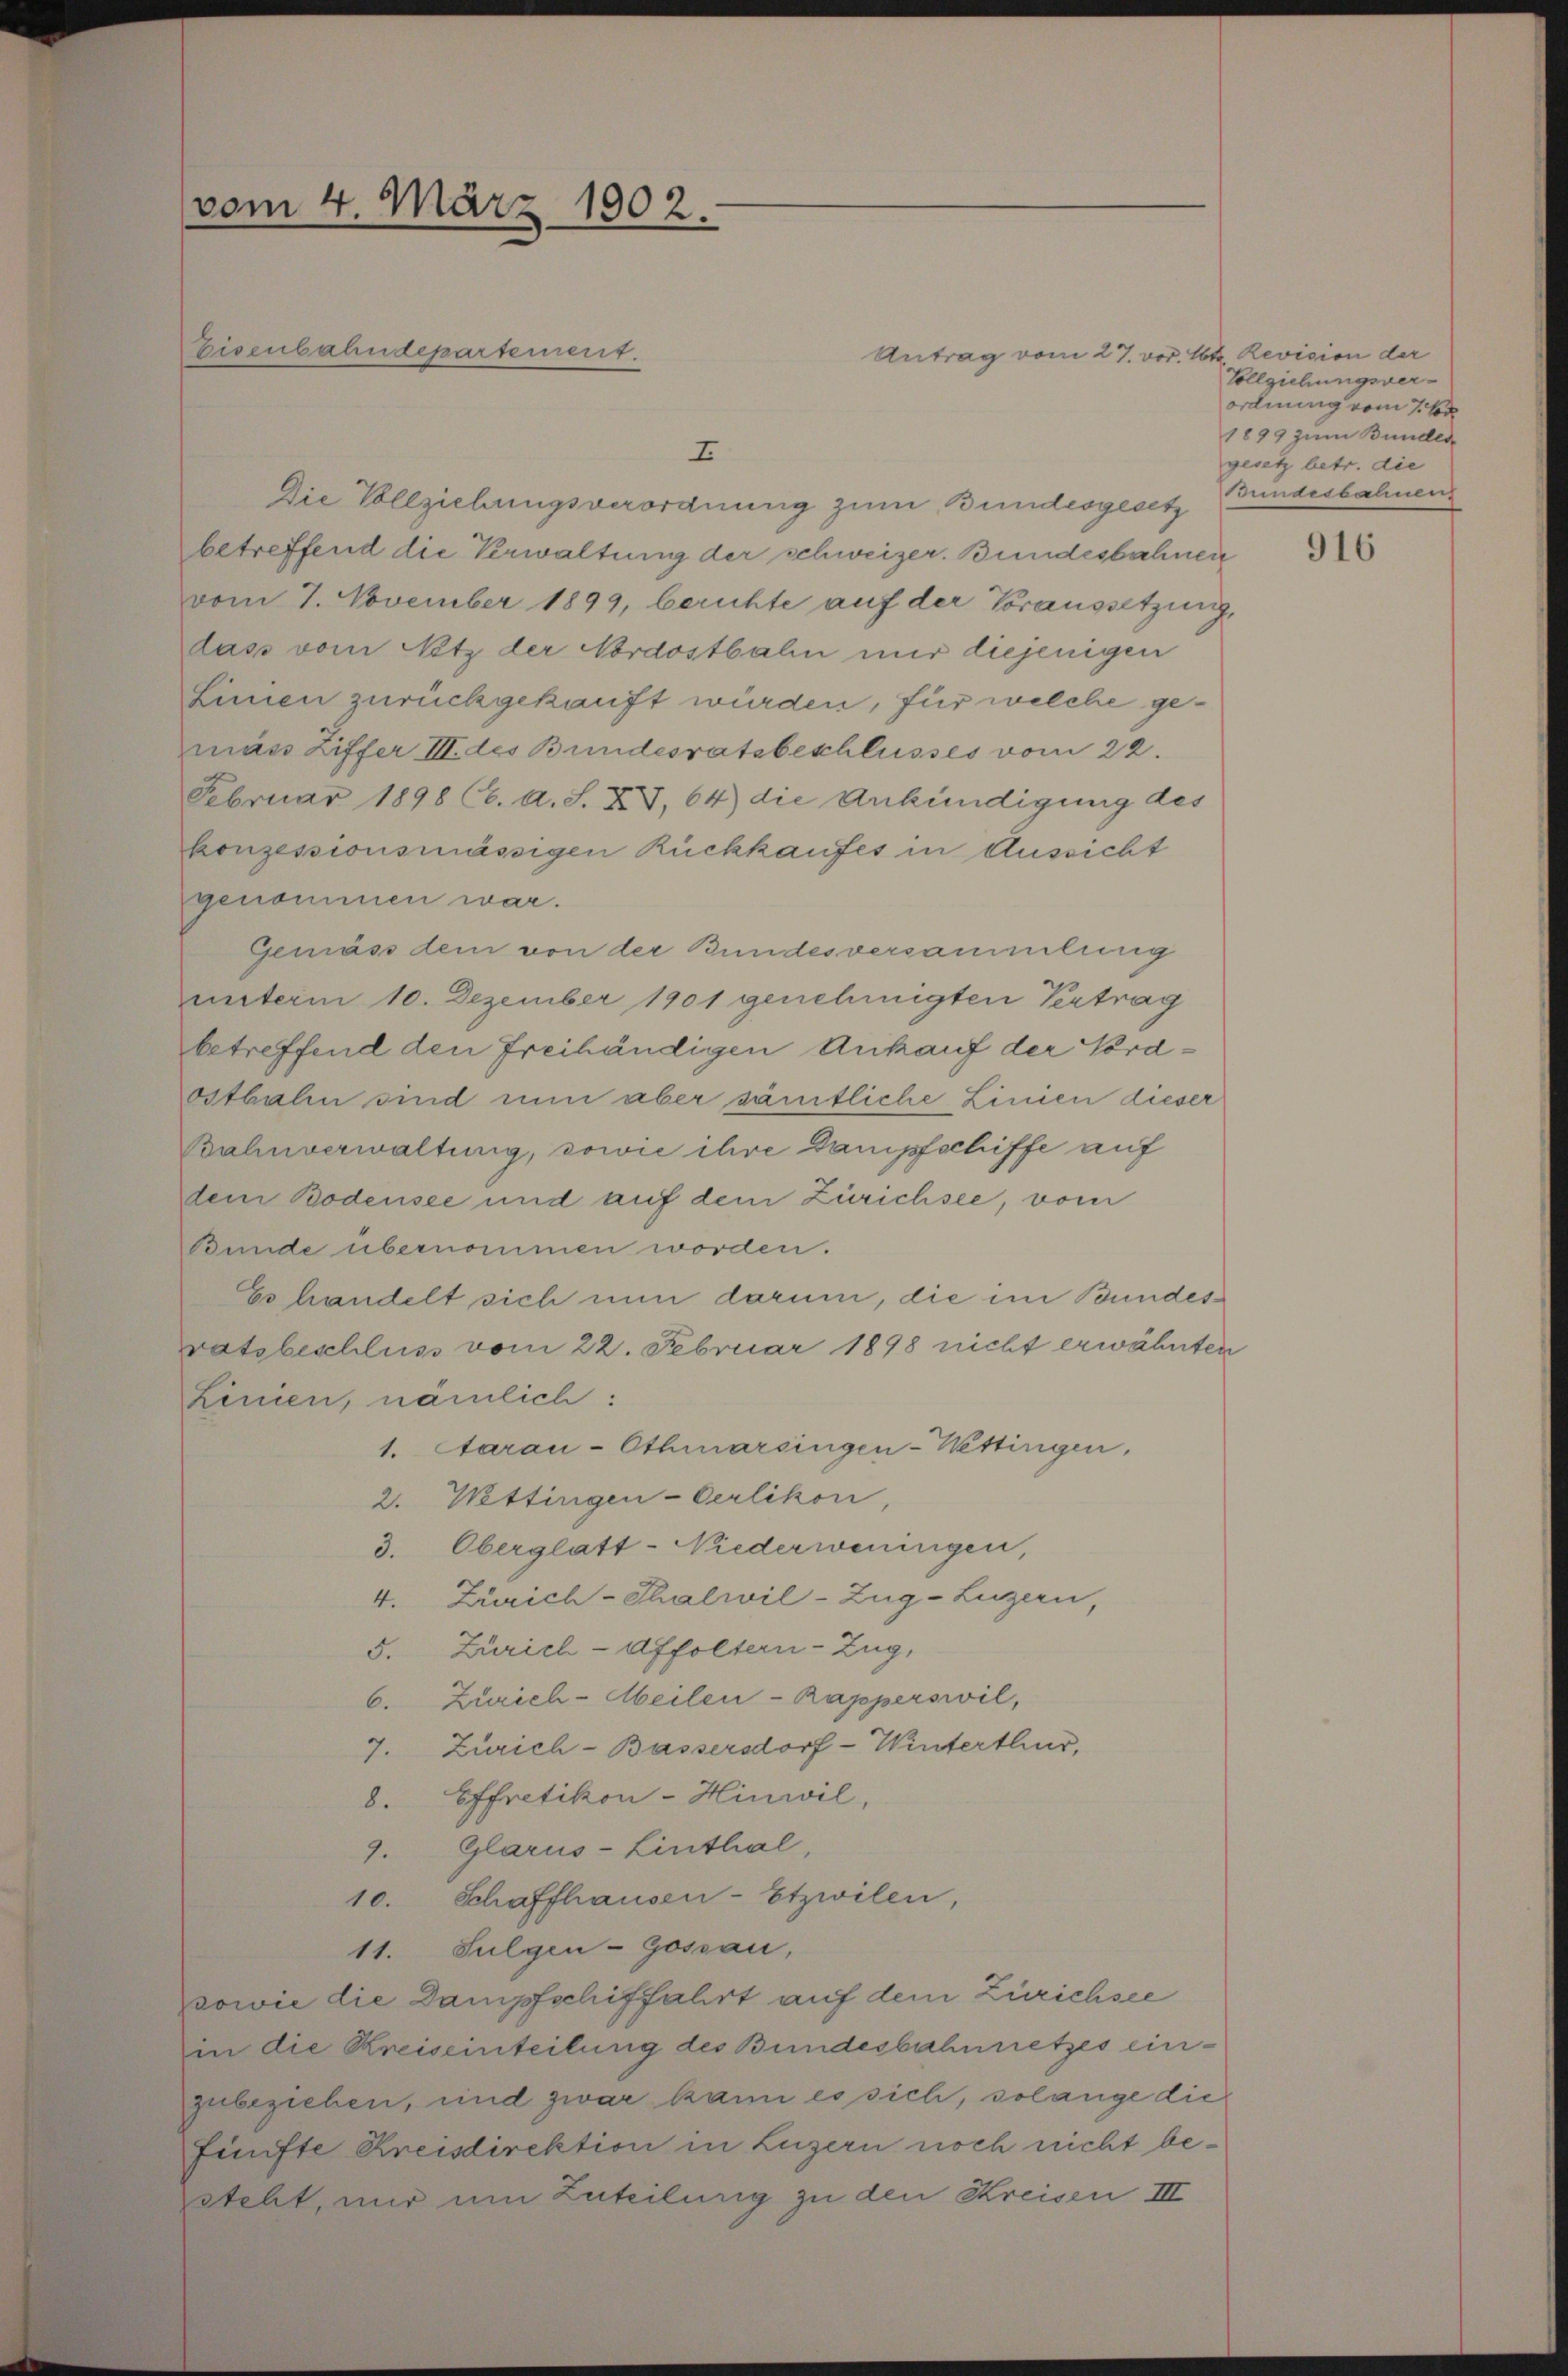
vom 4. März 1902.

Eisenbahndepartement.

Antrag vom 27. vor. Mtt. Revision der
I
Die Vollziehungsverordnung zum Bundesgesetz Gundesbahnen
betreffend die Verwaltung der schweizer. Bundesbahnen
vom 7. November 1899, berichte auf der Voraussetzung,
das vom Netz der Nordostbahn mir diejenigen
Linien zurückgekauft würden, für welche gemäss Ziffer III. des Bundesratsbeschlusses vom 22.
Februar 1898 (CC. A. S. XV, 64) die Ankündigung des
konzessionsmässigen Rückkaufes in Aussicht
genommen war.
Gemäss dem von der Bundesversammlung
unterm 10. Dezember 1901 genehmigten Vertrag
betreffend den freihändigen Ankauf der Nordostbahn sind nun aber sämtliche Linien dieser
Bahnverwaltung, sowie ihre Dampfschiffe auf
dem Bodensee und auf dem Zürichsee, vom
Bunde übernommen worden.
Es handelt sich nun darum, die im Bundesratsbeschluss vom 22. Februar 1898 nicht erwähnten
Linien, nämlich:
1. Aarau-Othmarsingen-Wettingen,
2. Wettingen-Oerlikon,
3. Oberglatt-Niederweningen,
4. Zürich-Thalwil-Zug–Luzern,
5. Zürich-Affoltern-Zug,
6. Zürich-Meilen-Rapperswil,
7. Zürich-Bassersdorf-Winterthur,
8. Effretikon-Hinwil,
9. Glarus-Linthal,
10. Schaffhausen - Etzwilen,
11. Sulgen-Gossau,
sowie die Dampfschiffahrt auf dem Zürichsee
in die Kreiseinteilung des Bundesbahnnetzes einzubeziehen, und zwar kann es sich, solange die
Fünfte Kreisdirektion in Luzern noch nicht besteht, nur um Zuteilung zu den Kreisen III

Vollziehungsver-
ordnung vom 7. Se
1899 zum Bunden
gesetz betr. die

916